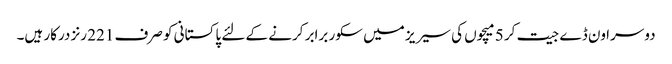
دوسرا ون ڈے جیت کر 5 میچوں کی سیریز میں سکور برابر کرنے کے لئے پاکستانی کو صرف 221 رنز درکار ہیں۔